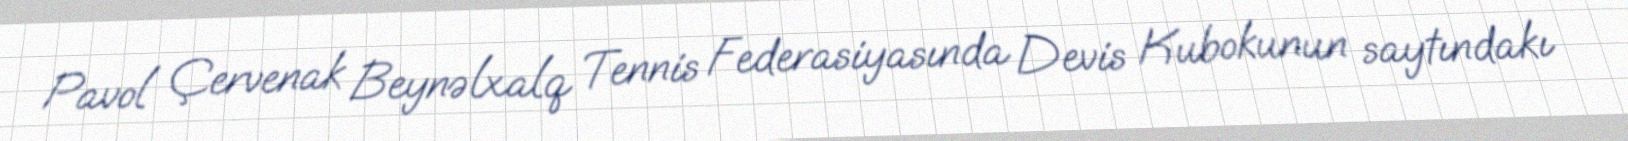
Pavol Çervenak Beynəlxalq Tennis Federasiyasında Devis Kubokunun saytındakı